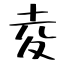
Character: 夌